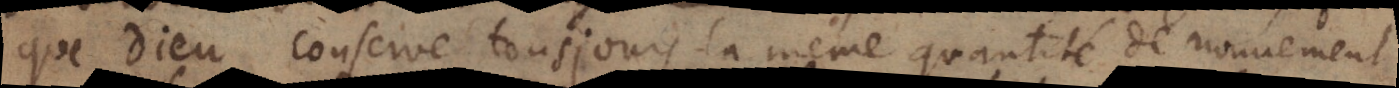
que Dieu conserve tousjours la même quantité de mouvement